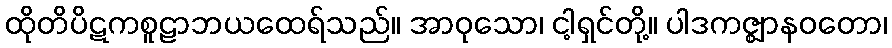
ထိုတိပိဋကစူဠာဘယထေရ်သည်။ အာဝုသော၊ ငါ့ရှင်တို့။ ပါဒကဇ္ဈာနဝတော၊